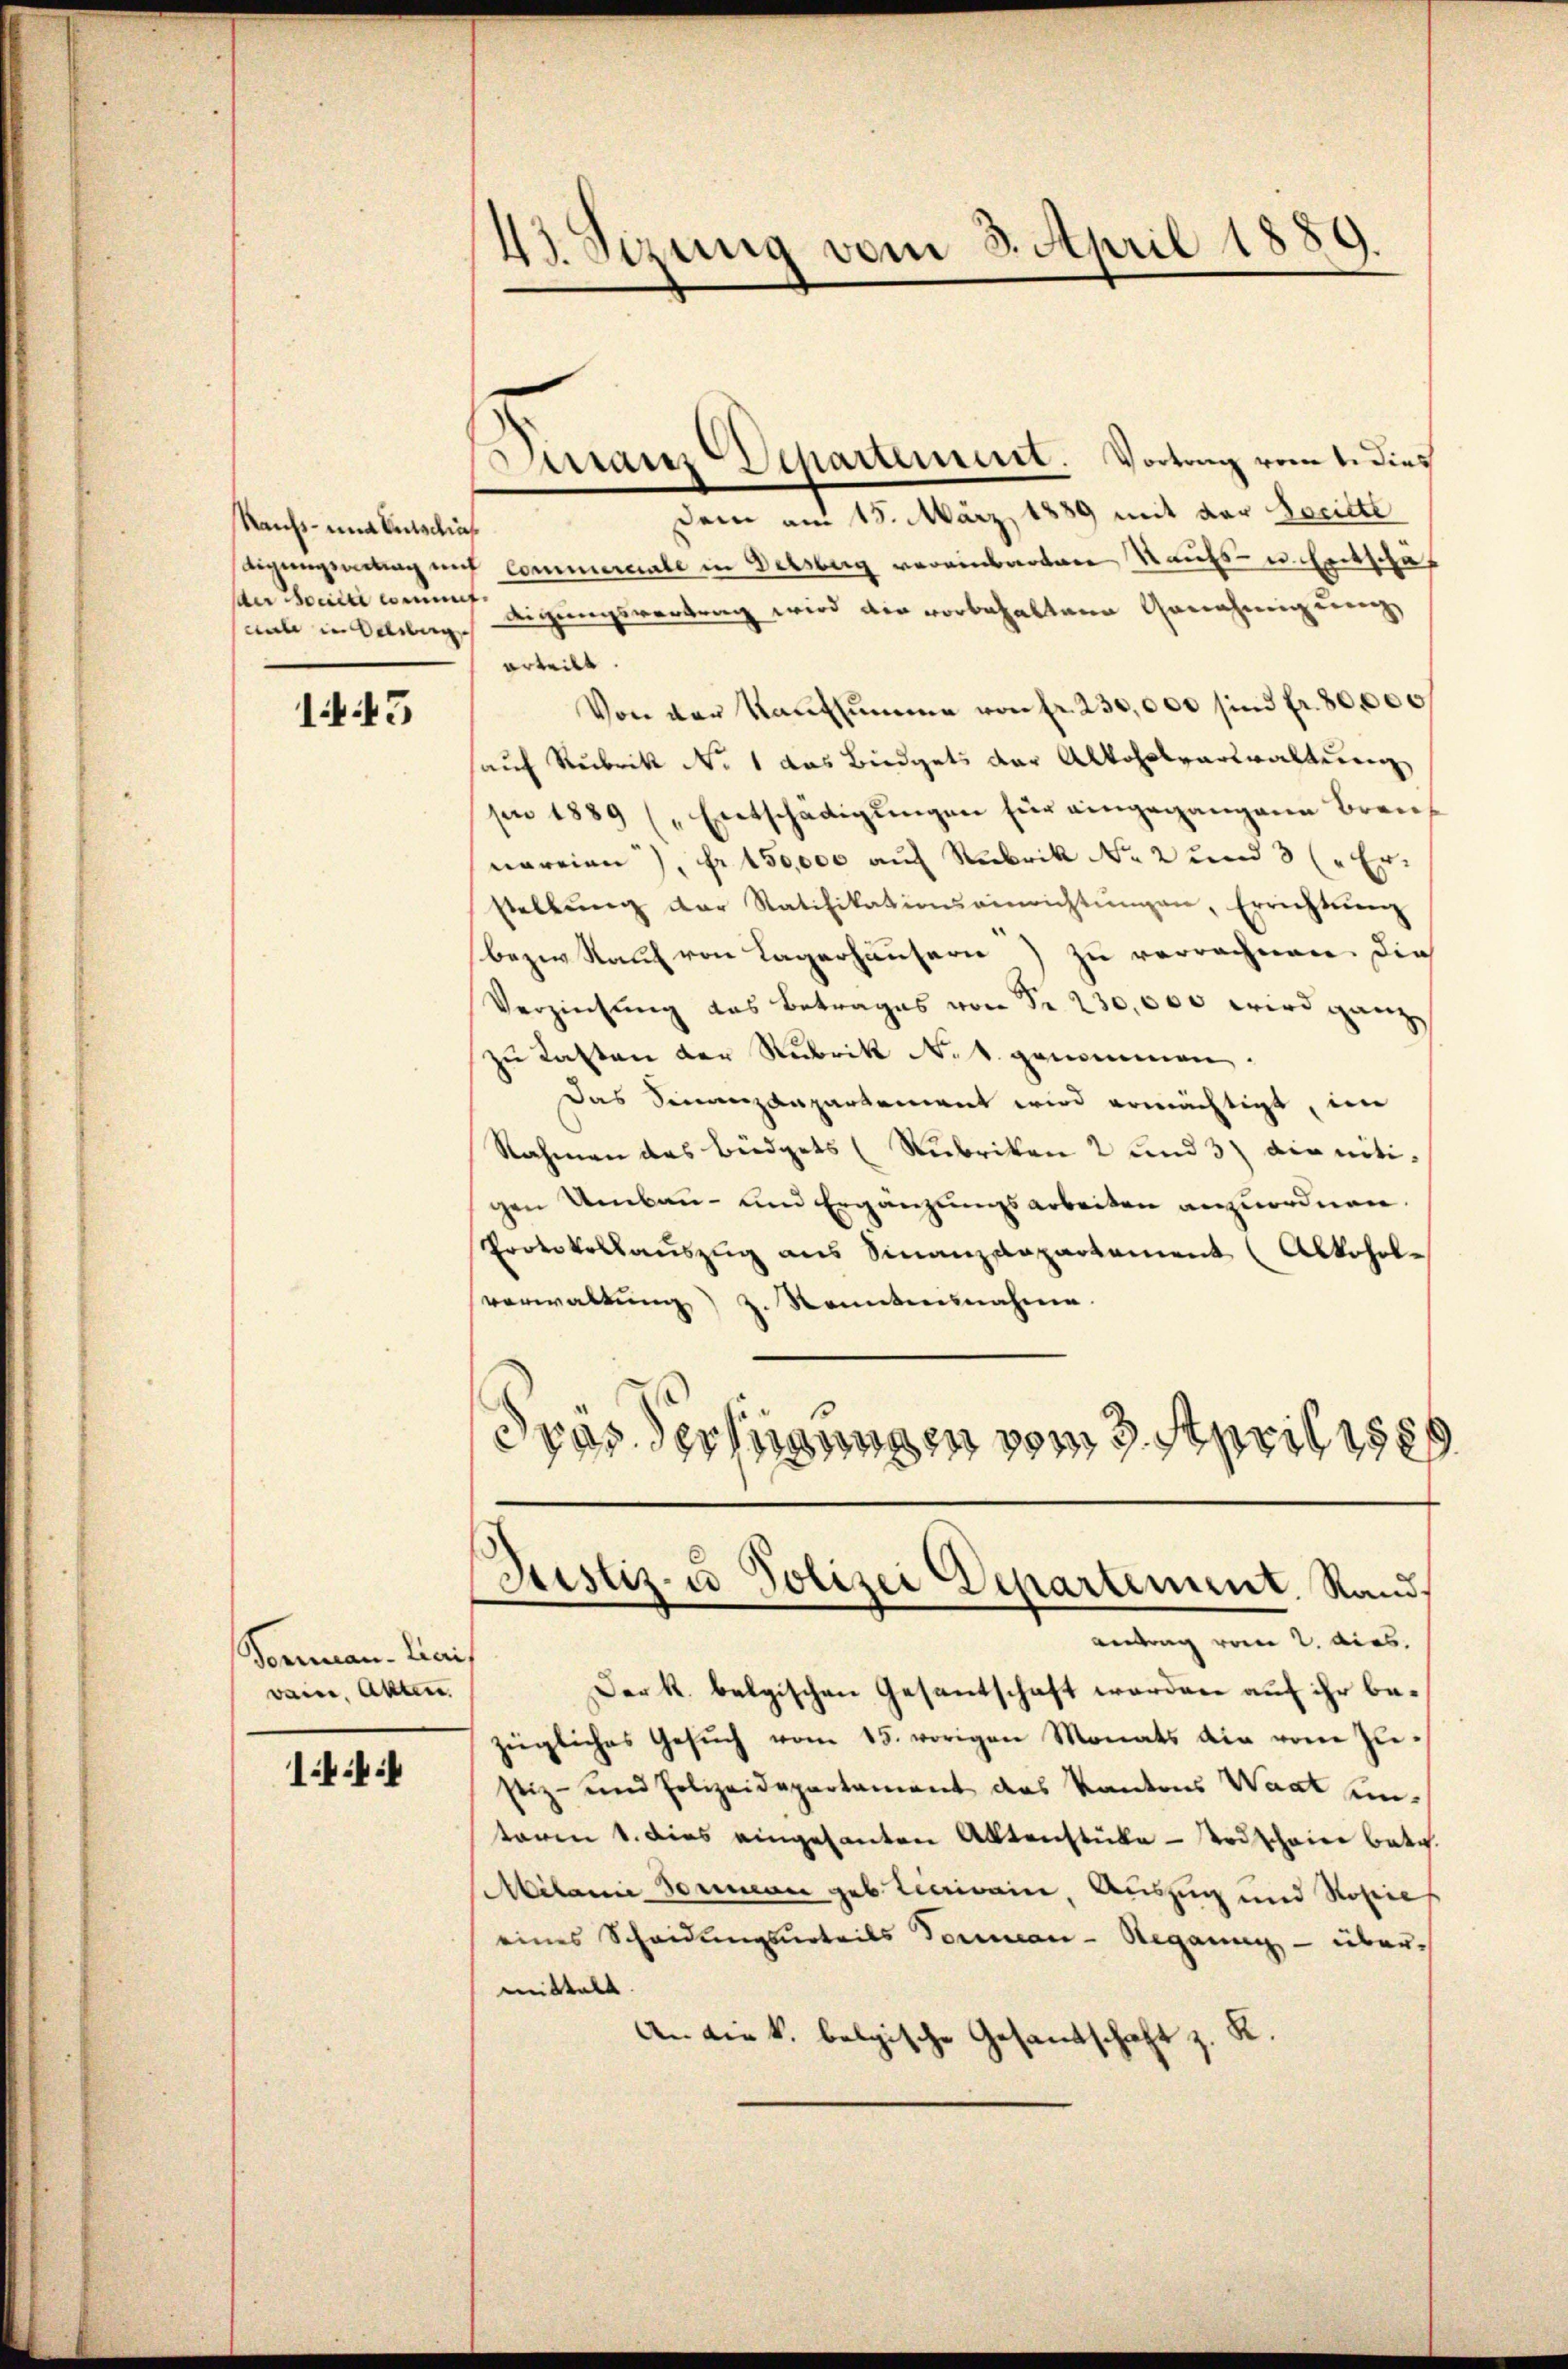
Raufs- und Entschies
unde in Selbig

1445

Dirranz Departement. Vortrag vom 1. Dies
dem am 15. März 1889 mit der Seritte
digungsartag auf Commercale in Delsberg vereinbarten Raufs- u. Entschäf
An Mouti wenn eigungsvertrag wird die vorbehaltene Genehmigung
erteilt.
Von der Kaŭfsŭmme von fr. 230,000 sind fr. 80,000
hauf Rubrik No. 1 das Büdgets der Alkoholarkwaltung
pn 1889 („Entschädigungen für eingegangene Brennereien), Fr. 150,000 auf Rubrik No. 2 und 3 (" Er-
stellŭng der Ratifikationseinrichtŭngen, Errichtŭng
bezw. Kauf von Lagerhäusern) zu verrechnen. Die
Verzinsung das Betrages von Fr. 230,000 wird ganz
zŭ Kasten der Rubrik N. 1. gemeinen.
Das Sinanzanpartement wird ermächtigt, im
Nahmen das Büdgets (Nubriken 2 und 3) die nötigen Umbau- und Ergänzungsarbeiten anzuordnen,
Protokollauszug aus Finanzdepartement (Alkoholverwaltŭng z. Renntnisnahme.
dpas der hinungen vom 3. April 1880

Tomman Liais
waier, Akten.

14:

43. Sizung vom 3. April 1889.

Der k. belgischen Gesantschaft worden auf ihr bezügliches Gesŭch vom 15. vorigen Monats die vom Instiz- und Polizeidepartament das Kantons Waat untaren 1. dies eingesanten Aktenstüke - Todschaier betr.
Milanie domman geb. Licivain, Auszug und Kopies
eines Scheidungsurteils Vormen - Regannn - übermittelt.
An die k. belgische Gesandtschaft z. K.

Justiz- u Polizei Departement. Stand
antrag vom 2. dies